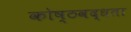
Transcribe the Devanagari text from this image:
कोष्ठवद्धता